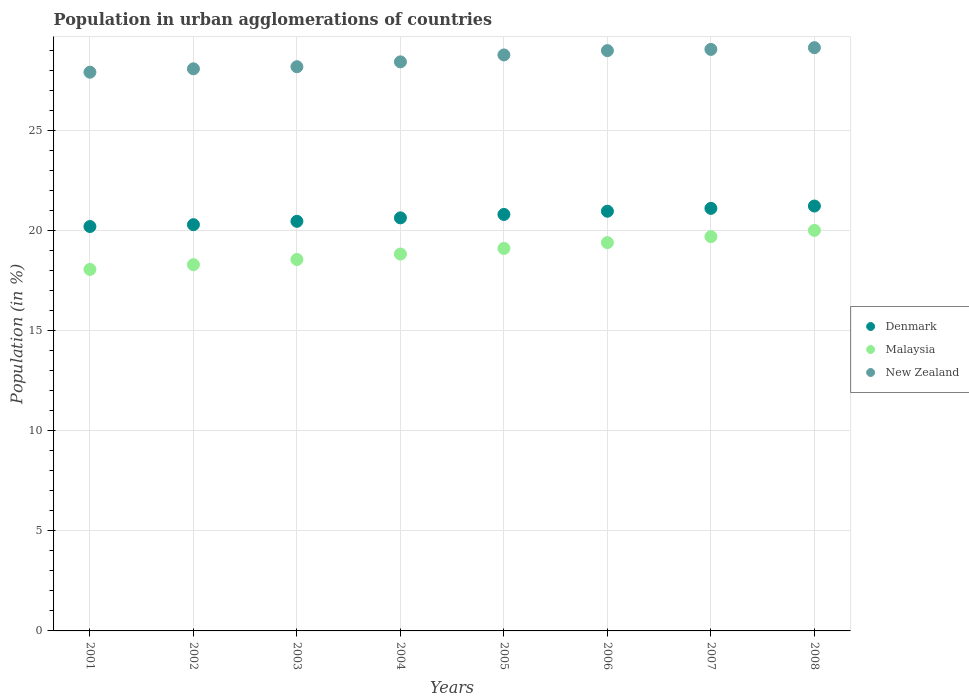
| Years | Denmark | Malaysia | New Zealand |
 | --- | --- | --- | --- |
 | 2001 | 20.2 | 18.1 | 27.9 |
 | 2002 | 20.3 | 18.3 | 28.1 |
 | 2003 | 20.5 | 18.5 | 28.2 |
 | 2004 | 20.6 | 18.8 | 28.4 |
 | 2005 | 20.8 | 19.1 | 28.8 |
 | 2006 | 21 | 19.4 | 29 |
 | 2007 | 21.1 | 19.7 | 29 |
 | 2008 | 21.2 | 20 | 29.1 |